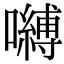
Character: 嚩